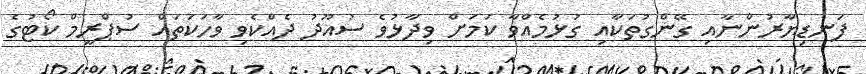
ފަނޑިޔާރުންނާއި ގޭންގުތަކާއި ގުޅުމެއްވާ ކަމަށް ވިދާޅުވެ ސުއޫދު ދެއްކެވި ވާހަކަތައް ސުޕްރީމް ކޯޓުގެ